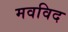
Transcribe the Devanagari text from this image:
मवविद